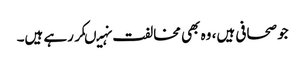
جو صحافی ہیں، وہ بھی مخالفت نہیںکر رہے ہیں۔